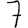
Digit: 7